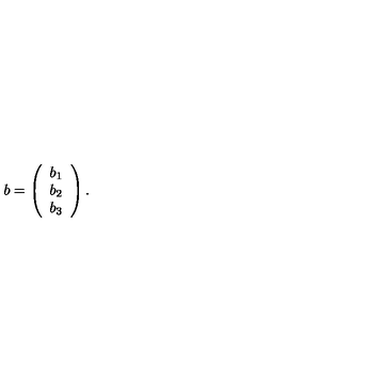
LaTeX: b = \left( \begin{array} { c } { b _ { 1 } } \\ { b _ { 2 } } \\ { b _ { 3 } } \\ \end{array} \right) .